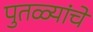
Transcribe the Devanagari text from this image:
पुतळ्यांचे